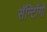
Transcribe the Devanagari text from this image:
सॅन्टिॲगो